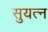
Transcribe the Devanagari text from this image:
सुयत्न